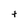
Character: t